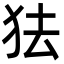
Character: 㹤